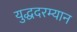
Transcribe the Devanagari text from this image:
युद्धदरम्यान